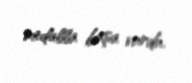
medalla başa vurdu.